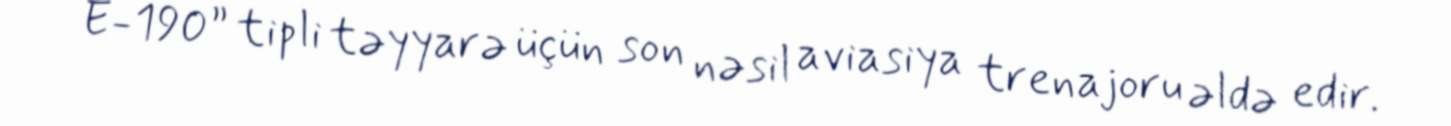
E-190” tipli təyyarə üçün son nəsil aviasiya trenajoru əldə edir.